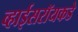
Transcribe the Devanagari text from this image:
व्हाईसरॉयकडे